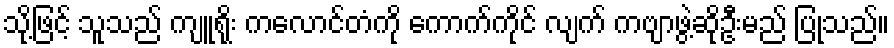
သို့ဖြင့် သူသည် ကျူရိုး ကလောင်တံကို ကောက်ကိုင် လျက် ကဗျာဖွဲ့ဆိုဦးမည် ပြုသည်။